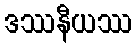
ဒဿနီယဿ